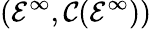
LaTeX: ({\mathcal{E}}^{\infty},{\mathcal{C}}({\mathcal{E}}^{\infty}))